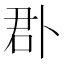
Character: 𠧬